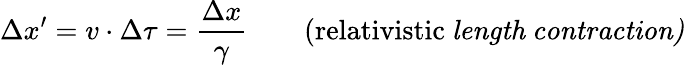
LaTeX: \Delta x^{\prime}=v\cdot\Delta\tau=\frac{\Delta x}{\gamma}\qquad\mathrm{(relativistic}\ \mathit{length\ contraction)}